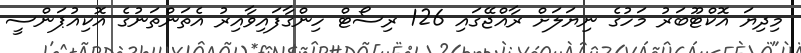
މިދިޔަ އޮކްޓޫބަރު މަހުގެ ނިޔަލަށް ރާއްޖޭގައި 126 ރިސޯޓް ހިންގާފައިވާއިރު އެތަންތަނުގެ އޮކިއުޕަންސީ